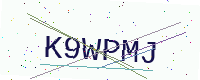
Text: K9WPMJ